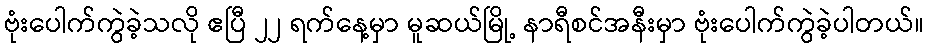
ဗုံးပေါက်ကွဲခဲ့သလို ဧပြီ ၂၂ ရက်နေ့မှာ မူဆယ်မြို့ နာရီစင်အနီးမှာ ဗုံးပေါက်ကွဲခဲ့ပါတယ်။